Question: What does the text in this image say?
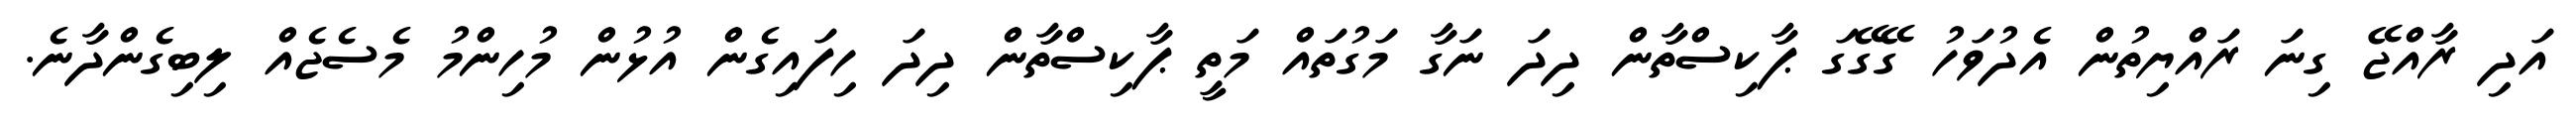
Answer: އަދި ރާއްޖޭ ގިނަ ރައްޔިތުން އެދުވަހު ގޭގޭގަ ޕާކިސްތާން ދިދަ ނަގާ މަގުތައް މަތީ ޕާކިސްތާން ދިދަ ހިފައިގެން އުޅުން މުހިންމު މެސެޖެއް ލިބިގެންދާނެ.